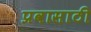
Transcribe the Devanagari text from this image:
प्रवासाठी